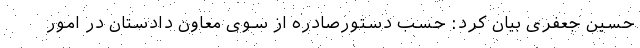
حسین جعفری بیان کرد: حسب دستورصادره از سوی معاون دادستان در امور